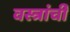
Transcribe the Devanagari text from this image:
वस्त्रांचीं